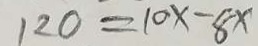
1 2 0 = 1 0 x - 8 x